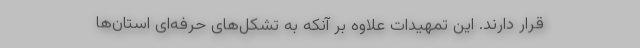
قرار دارند. این تمهیدات علاوه بر آنکه به تشکل‌های حرفه‌ای استان‌ها